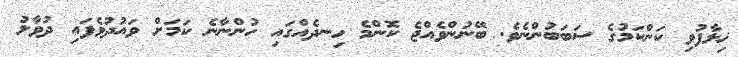
ޚިލާފުވި ކަންކަމުގެ ސަބަބުންނެވެ. ބޭނުންވެއްޖެ ކޮންމެ ހިނދެއްގައި ހުންނާނެ ކަމަށް ވައުދުވެފައި ދުވާލު